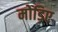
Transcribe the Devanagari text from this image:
मोड़िए